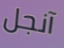
آنجل